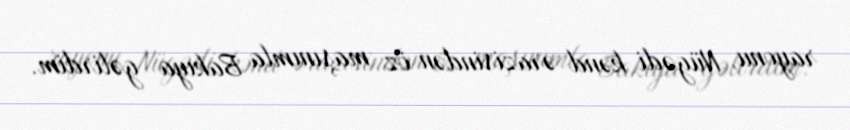
rayonu, Nügədi kənd ərazisindən öz maşınımla Bakıya gəlirdim.